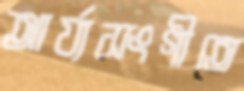
আর্য্যসংগীতে